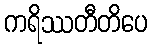
ကရိဿတီတိပေ